Scientific memoirs by medical officers of the Army of India - Part VIII,
Year: 1894
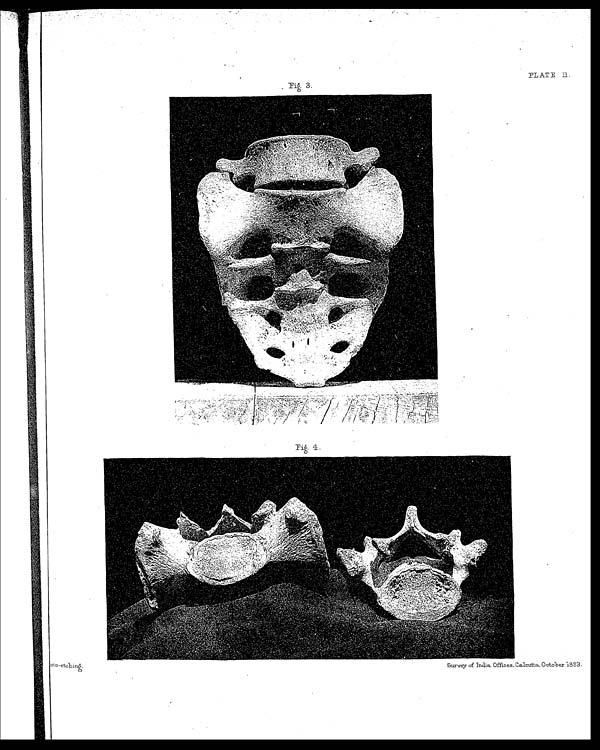
PLATE II.
<illegible>oto-etching.
Survey of india Offices, Calcutta, October 1893.